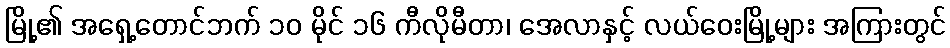
မြို့၏ အရှေ့တောင်ဘက် ၁၀ မိုင် ၁၆ ကီလိုမီတာ၊ အေလာနှင့် လယ်ဝေးမြို့များ အကြားတွင်